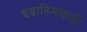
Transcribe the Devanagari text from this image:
इब्राहिमसाठी